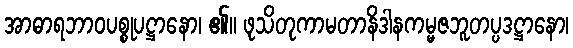
အာဓာရဘာဝပစ္စုပဋ္ဌာနော၊ ၏။ ဖုသိတုကာမတာနိဒါနကမ္မဇဘူတပ္ပဒဋ္ဌာနော၊